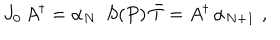
LaTeX: J _ { 0 } \, A ^ { \dagger } = \alpha _ { N } \, \, \, S ( P ) \, \bar { T } = A ^ { \dagger } \, \alpha _ { N + 1 } \, \, ,